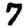
Digit: 7